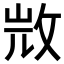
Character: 𣁋